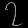
Digit: ၇